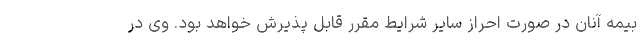
بیمه آنان در صورت احراز سایر شرایط مقرر قابل پذیرش خواهد بود. وی در